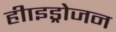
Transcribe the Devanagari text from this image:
हीाइड्रोजन